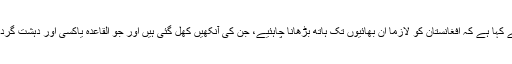
مسٹر کرزئى نے مندوبین سے کہا ہے کہ افغانستان کو لازماً اُن بھائیوں تک ہاتھ بڑھانا چاہئیے، جن کی آنکھیں کُھل گئى ہیں اور جو القاعدہ یاکسی اور دہشت گرد نیٹ ورک کا حصّہ نہیں ہیں۔